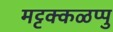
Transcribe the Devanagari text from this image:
मट्टक्कळप्पु